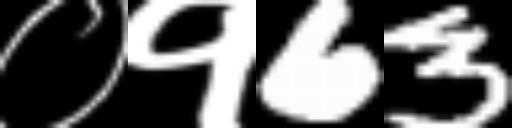
Text: ०१63